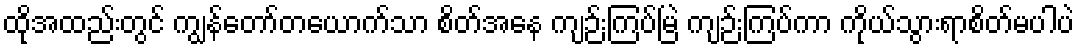
ထိုအထည်းတွင် ကျွန်တော်တယောက်သာ စိတ်အနေ ကျဉ်းကြပ်မြဲ ကျဉ်းကြပ်ကာ ကိုယ်သွားရာစိတ်မပါပဲ